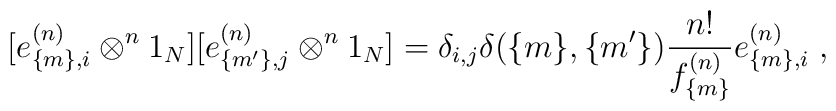
[e^{(n)}_{\{m\},i}\otimes^n 1_N][e^{(n)}_{\{m'\},j}\otimes^n 1_N] =\delta_{i,j}\delta(\{m\},\{m'\})\frac{n!}{f^{(n)}_{\{m\}}} e^{(n)}_{\{m\},i}\;,